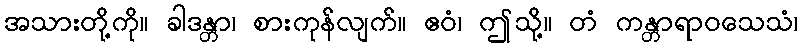
အသားတို့ကို။ ခါဒန္တာ၊ စားကုန်လျက်။ ဧဝံ၊ ဤသို့။ တံ ကန္တာရာဝသေသံ၊